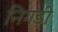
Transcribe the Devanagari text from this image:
निगड़ी